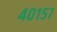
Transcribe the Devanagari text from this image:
४०१५७